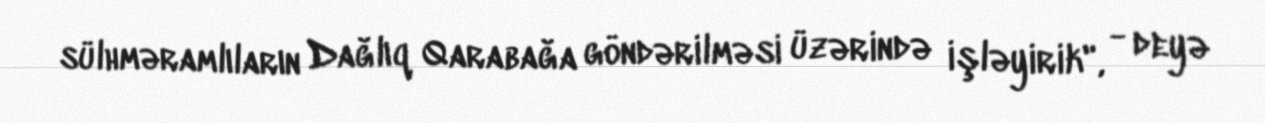
sülhməramlıların Dağlıq Qarabağa göndərilməsi üzərində işləyirik", - deyə